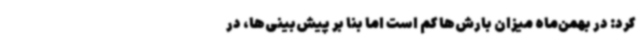
کرد: در بهمن‌ماه میزان بارش‌ها کم است اما بنا بر پیش‌بینی‌ها، در